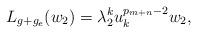
LaTeX: \begin{align*} L_{g+g_e}(w_2)=\lambda_2^ku_k^{p_{m+n}-2}w_2,\end{align*}